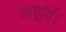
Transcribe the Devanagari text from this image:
आपूर्ति।